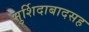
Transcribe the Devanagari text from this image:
मुर्शिदाबादसह